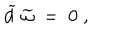
LaTeX: \widetilde { d } \; \widetilde { \omega } \; = \; 0 \; ,